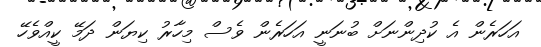
އަހަރެން އެ ކުދިންނަށް ބުނަނީ އަހަރެން ވެސް މިހާރު ކިޔަން ދަމޭ ކީއްވެހޭ